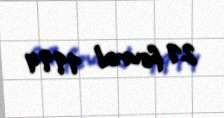
21 fevral 1994